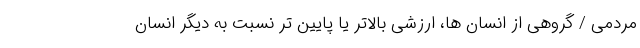
مردمی / گروهی از انسان ها، ارزشی بالاتر یا پایین تر نسبت به دیگر انسان